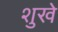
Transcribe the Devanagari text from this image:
शुखे